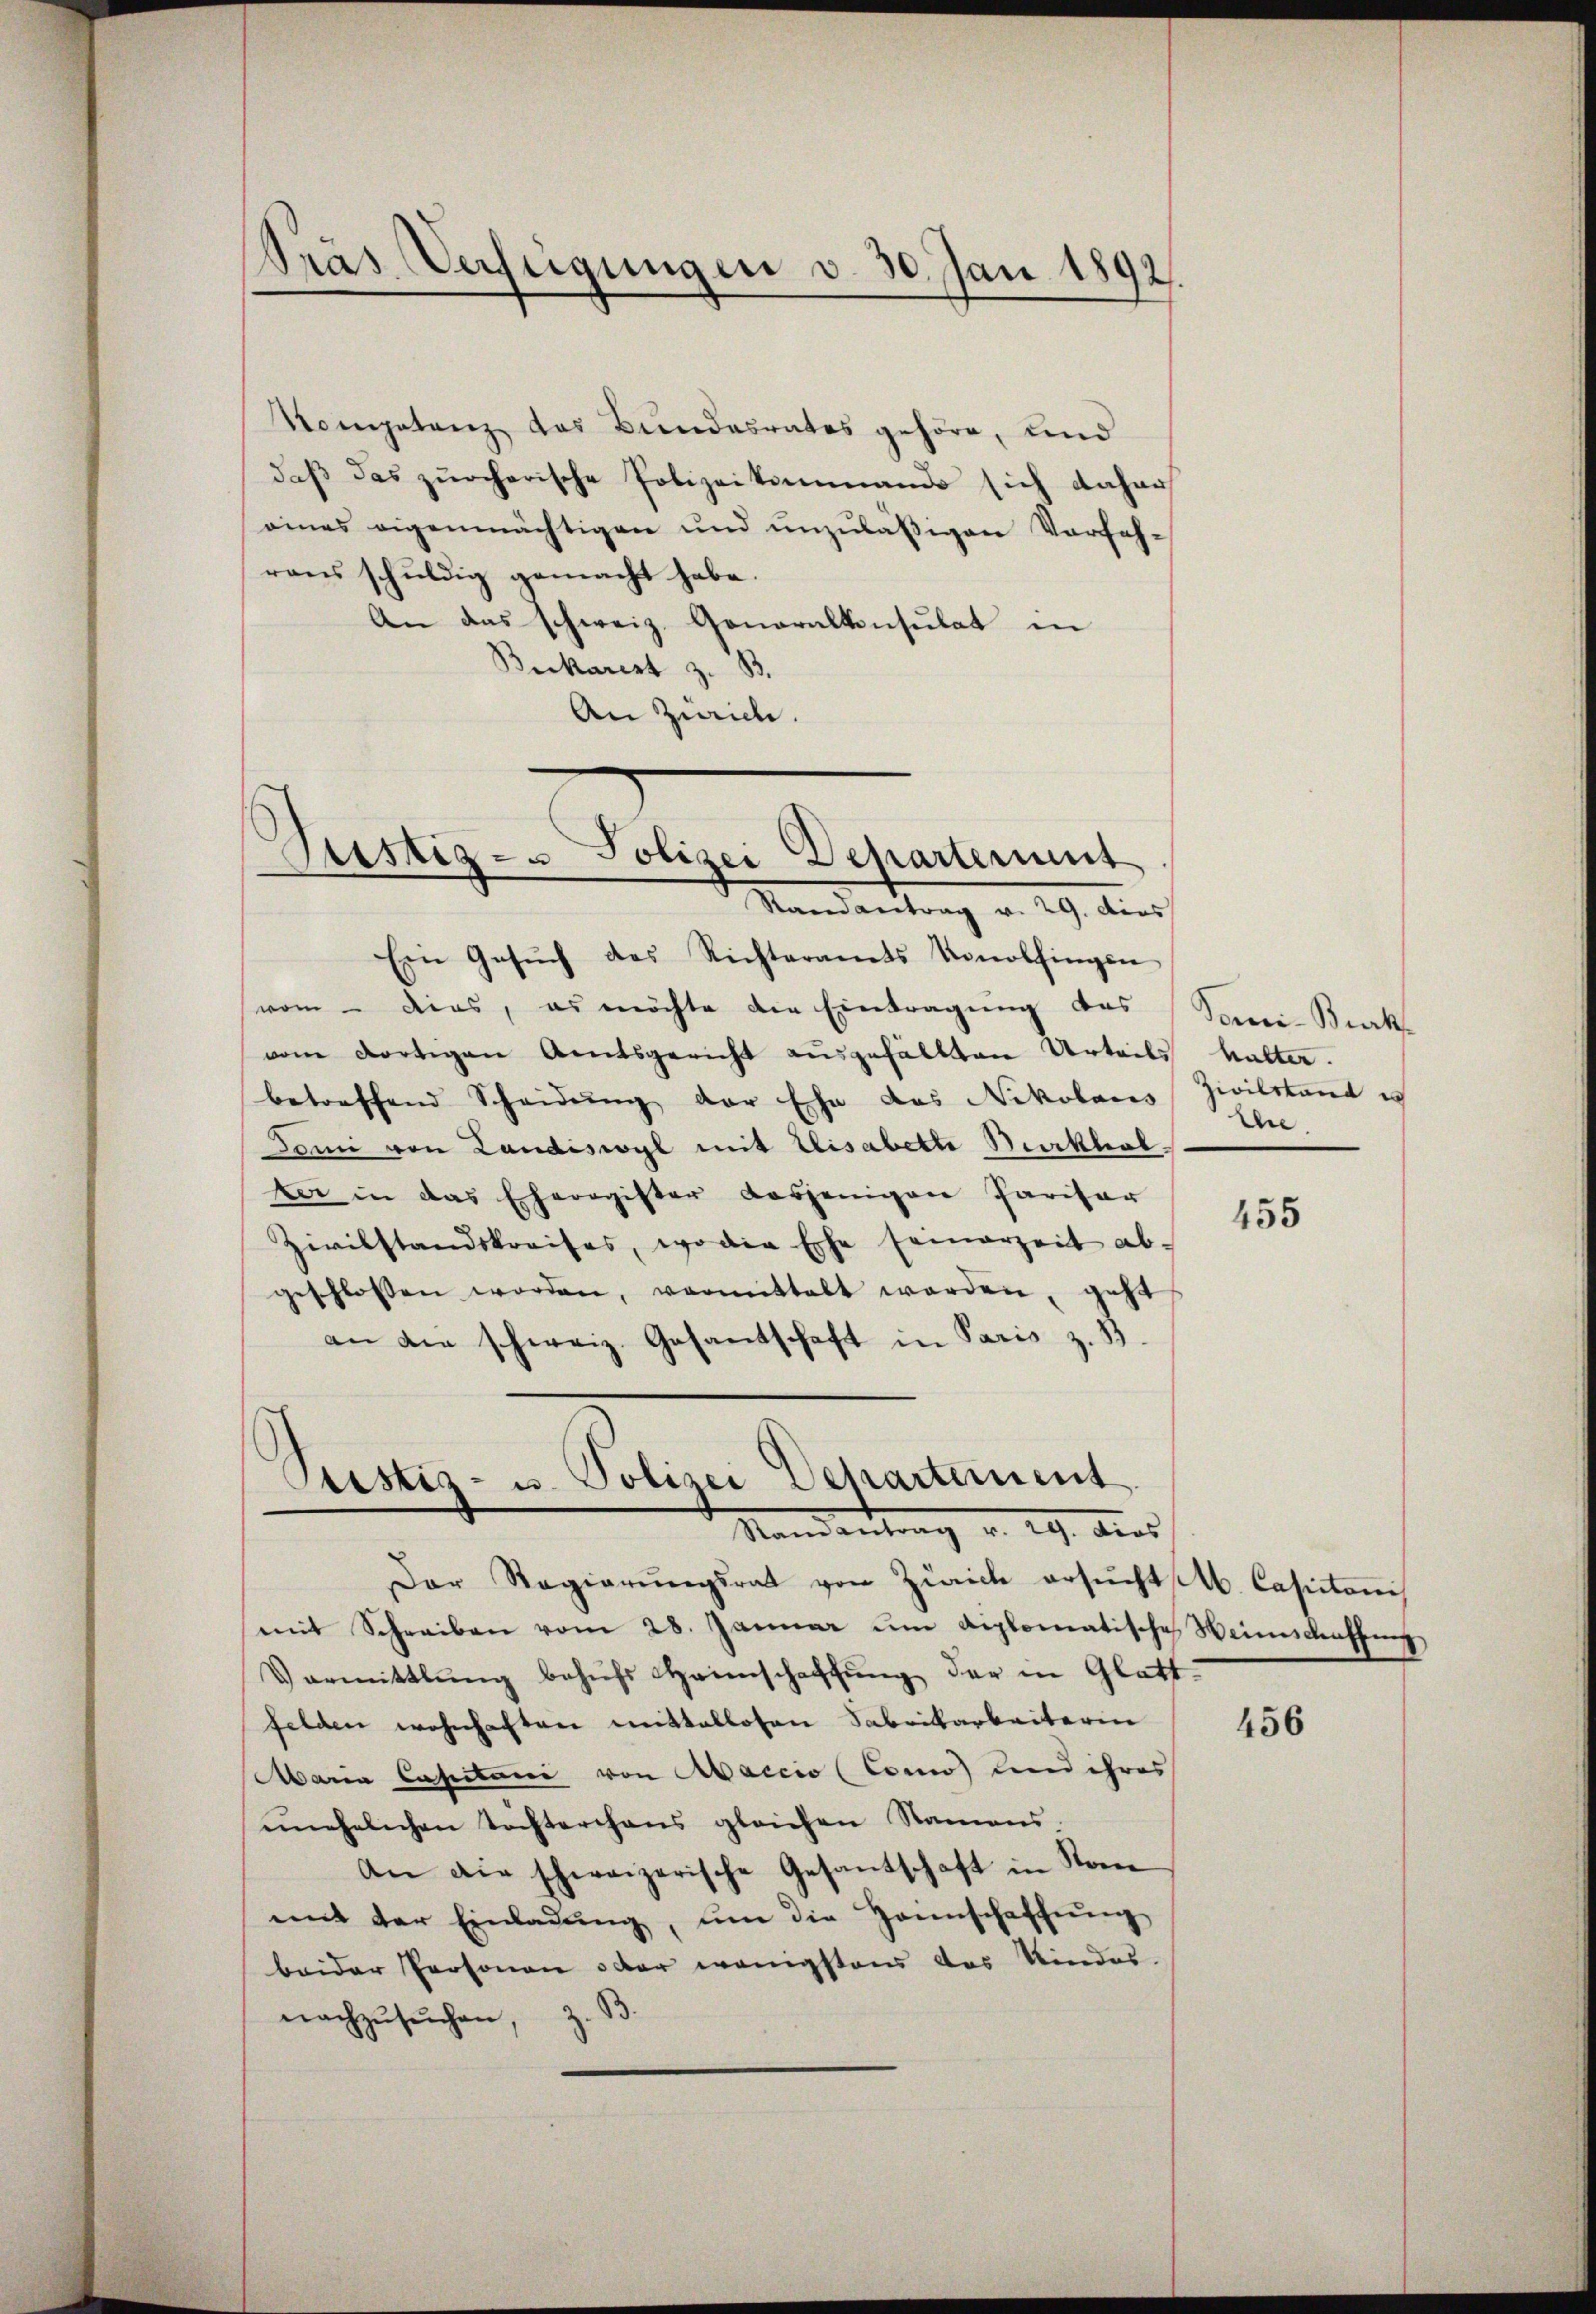
Bräs Verfügungen v. 30. Jan 1892.

Kompetenz das Bundesrates gehöre, und
daß das zürcherische Polizeikommand sich daher
eines eigenmächtigen und unzuläßigen Vorfah-
raus schuldig gemacht habe.
An das schweiz. Generalkonsulat in
Beckarist z. B.
An Zürich.

Justiz- u Polizei Departement
Randantrag v. 29. Dies

Ein Gesŭch des Richteramts Konolfingen
vom – dies, es möchte die Eintragung des
vom dortigen Amtsgericht ausgefällten Urteils halter.
betreffend Scheidŭng der Ehe das Nikolaus
Tomi von Landiswyl mit Elisabette Burkhabker in das Eheregister dasjenigen Parisar
Zivilstandskreises, wo die Ehe seinerzeit ab-
geschlossen worden, vormittelt werden, geht
an die schweiz. Gesantschaft in Paris z. B.

Ptistiz- u. Polizei Departement
Mandantrag v. 29. Aus

Der Regierŭngsrat von Zürich ersŭcht Ab. Capitanis
mit Schreiben vom 28. Januar um diplomatische Weinschaffung
Varmittlung behufs Heimschaffung der in Glatt
felden wohnhaften mittellosen Fabrikarbeiterin
Maria Castani von Aaccio (Como) und ihres
ŭnehelichen Tochterchens gleichen Namens,
An die schweizerische Gesandschaft in Som
mit der Einladŭng, um die Heimschaffung
beider Personen oder wenigstens das Kindes-
nachzusuchen, z. B.

Tomi-Brat
ziviltkant e
Ehe.

455

456